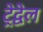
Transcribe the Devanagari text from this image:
ट्रेद्वेल